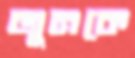
জুনকে